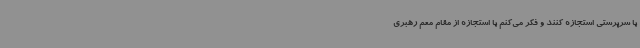
با سرپرستی استجازه کنند و فکر می‌کنم‌ با استجازه از مقام معم رهبری